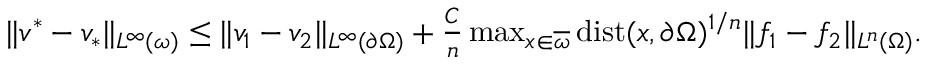
\begin{array} { r } { \| v ^ { * } - v _ { * } \| _ { L ^ { \infty } ( \omega ) } \leq \| v _ { 1 } - v _ { 2 } \| _ { L ^ { \infty } ( \partial \Omega ) } + \frac { C } { n } \operatorname* { m a x } _ { x \in \overline { { \omega } } } \mathrm { d i s t } ( x , \partial \Omega ) ^ { 1 / n } \| f _ { 1 } - f _ { 2 } \| _ { L ^ { n } ( \Omega ) } . } \end{array}